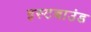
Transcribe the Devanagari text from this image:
इस्टबाउंड